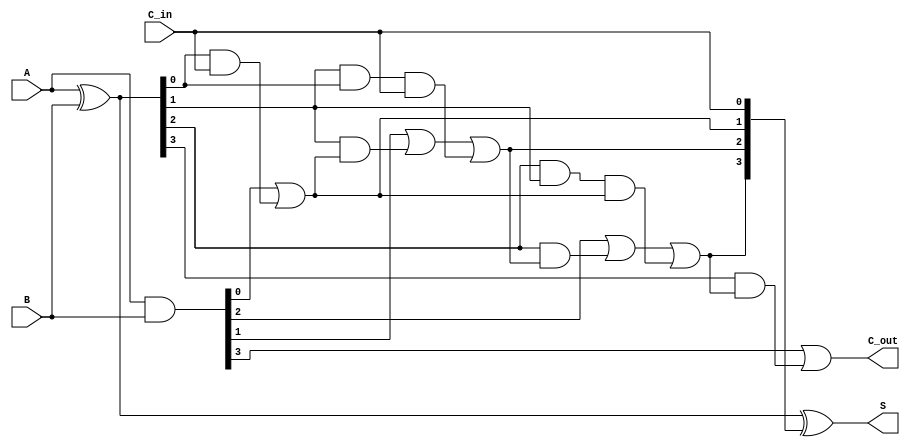
module SklanskyAdder #(
    parameter N = 4 // Width of the adder
)(
    input [N-1:0] A,       // First input
    input [N-1:0] B,       // Second input
    input C_in,            // Carry input
    output [N-1:0] S,      // Sum output
    output C_out           // Carry output
);

    // Intermediate signals for propagate and generate
    wire [N-1:0] P; // Propagate signals
    wire [N-1:0] G; // Generate signals
    wire [N:0] C;    // Carry signals

    // Preliminary Signal Generation
    assign P = A ^ B; // Propagate
    assign G = A & B; // Generate

    // Carry Signal Calculation
    assign C[0] = C_in; // Initial carry input

    // Level 1 Carry Calculation
    genvar i;
    generate
        for (i = 0; i < N; i = i + 1) begin: carry_calc
            if (i == 0) begin
                assign C[i + 1] = G[i] | (P[i] & C[i]);
            end else begin
                assign C[i + 1] = G[i] | (P[i] & C[i]) | (P[i] & P[i-1] & C[i-1]);
            end
        end
    endgenerate

    // Sum Calculation
    assign S = P ^ C[N-1:0]; // Sum output

    // Final Carry-Out
    assign C_out = G[N-1] | (P[N-1] & C[N-1]);

endmodule